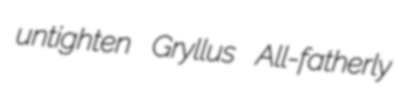
untighten Gryllus All-fatherly